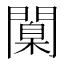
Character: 闑